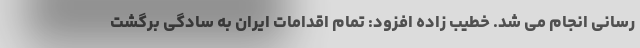
رسانی انجام می شد. خطیب زاده افزود: تمام اقدامات ایران به سادگی برگشت